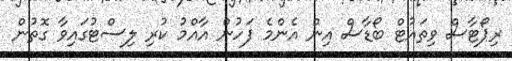
ރިޕޯޓާސް ވިތައުޓް ބޯޑާސް އިން އެންމެ ފަހުން އާއްމު ކުރި ލިސްޓުގައިވާ ގޮތުން